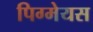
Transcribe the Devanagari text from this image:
पिग्मेयस